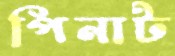
পিনাট